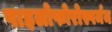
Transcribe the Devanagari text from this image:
पाइलोफोरोस्पर्मम